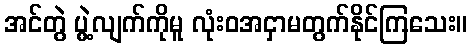
အင်တွဲ ပွဲ့လျက်ကိုမူ လုံးဝအငှာမတွက်နိုင်ကြသေး။